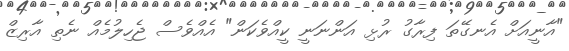
"އާނީއަށް އެނގޭތަ ފިރާގު ރުޅި އަންނަނީ ކީއްވެކަން" އެއްވެސް ޖެހިލުމެއް ނެތި އާރިޒް